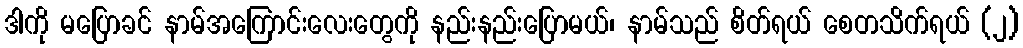
ဒါကို မပြောခင် နာမ်အကြောင်းလေးတွေကို နည်းနည်းပြောမယ်၊ နာမ်သည် စိတ်ရယ် စေတသိက်ရယ် (၂)